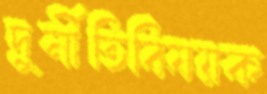
দুর্নীতিবিষয়ক